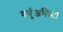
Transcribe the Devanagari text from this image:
वर्चुअलिटी